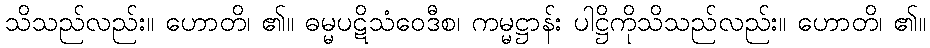
သိသည်လည်း။ ဟောတိ၊ ၏။ ဓမ္မပဋိသံဝေဒီစ၊ ကမ္မဋ္ဌာန်း ပါဋ္ဌိကိုသိသည်လည်း။ ဟောတိ၊ ၏။